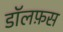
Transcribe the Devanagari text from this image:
डॉलफ़स